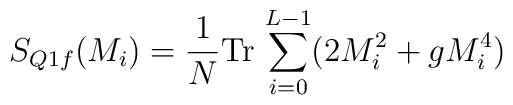
S_{Q1f} (M_i ) = \frac{1}{N} \mbox{Tr} \, \sum_{i=0}^{L-1} (2M_i^2 + gM_i^4 )